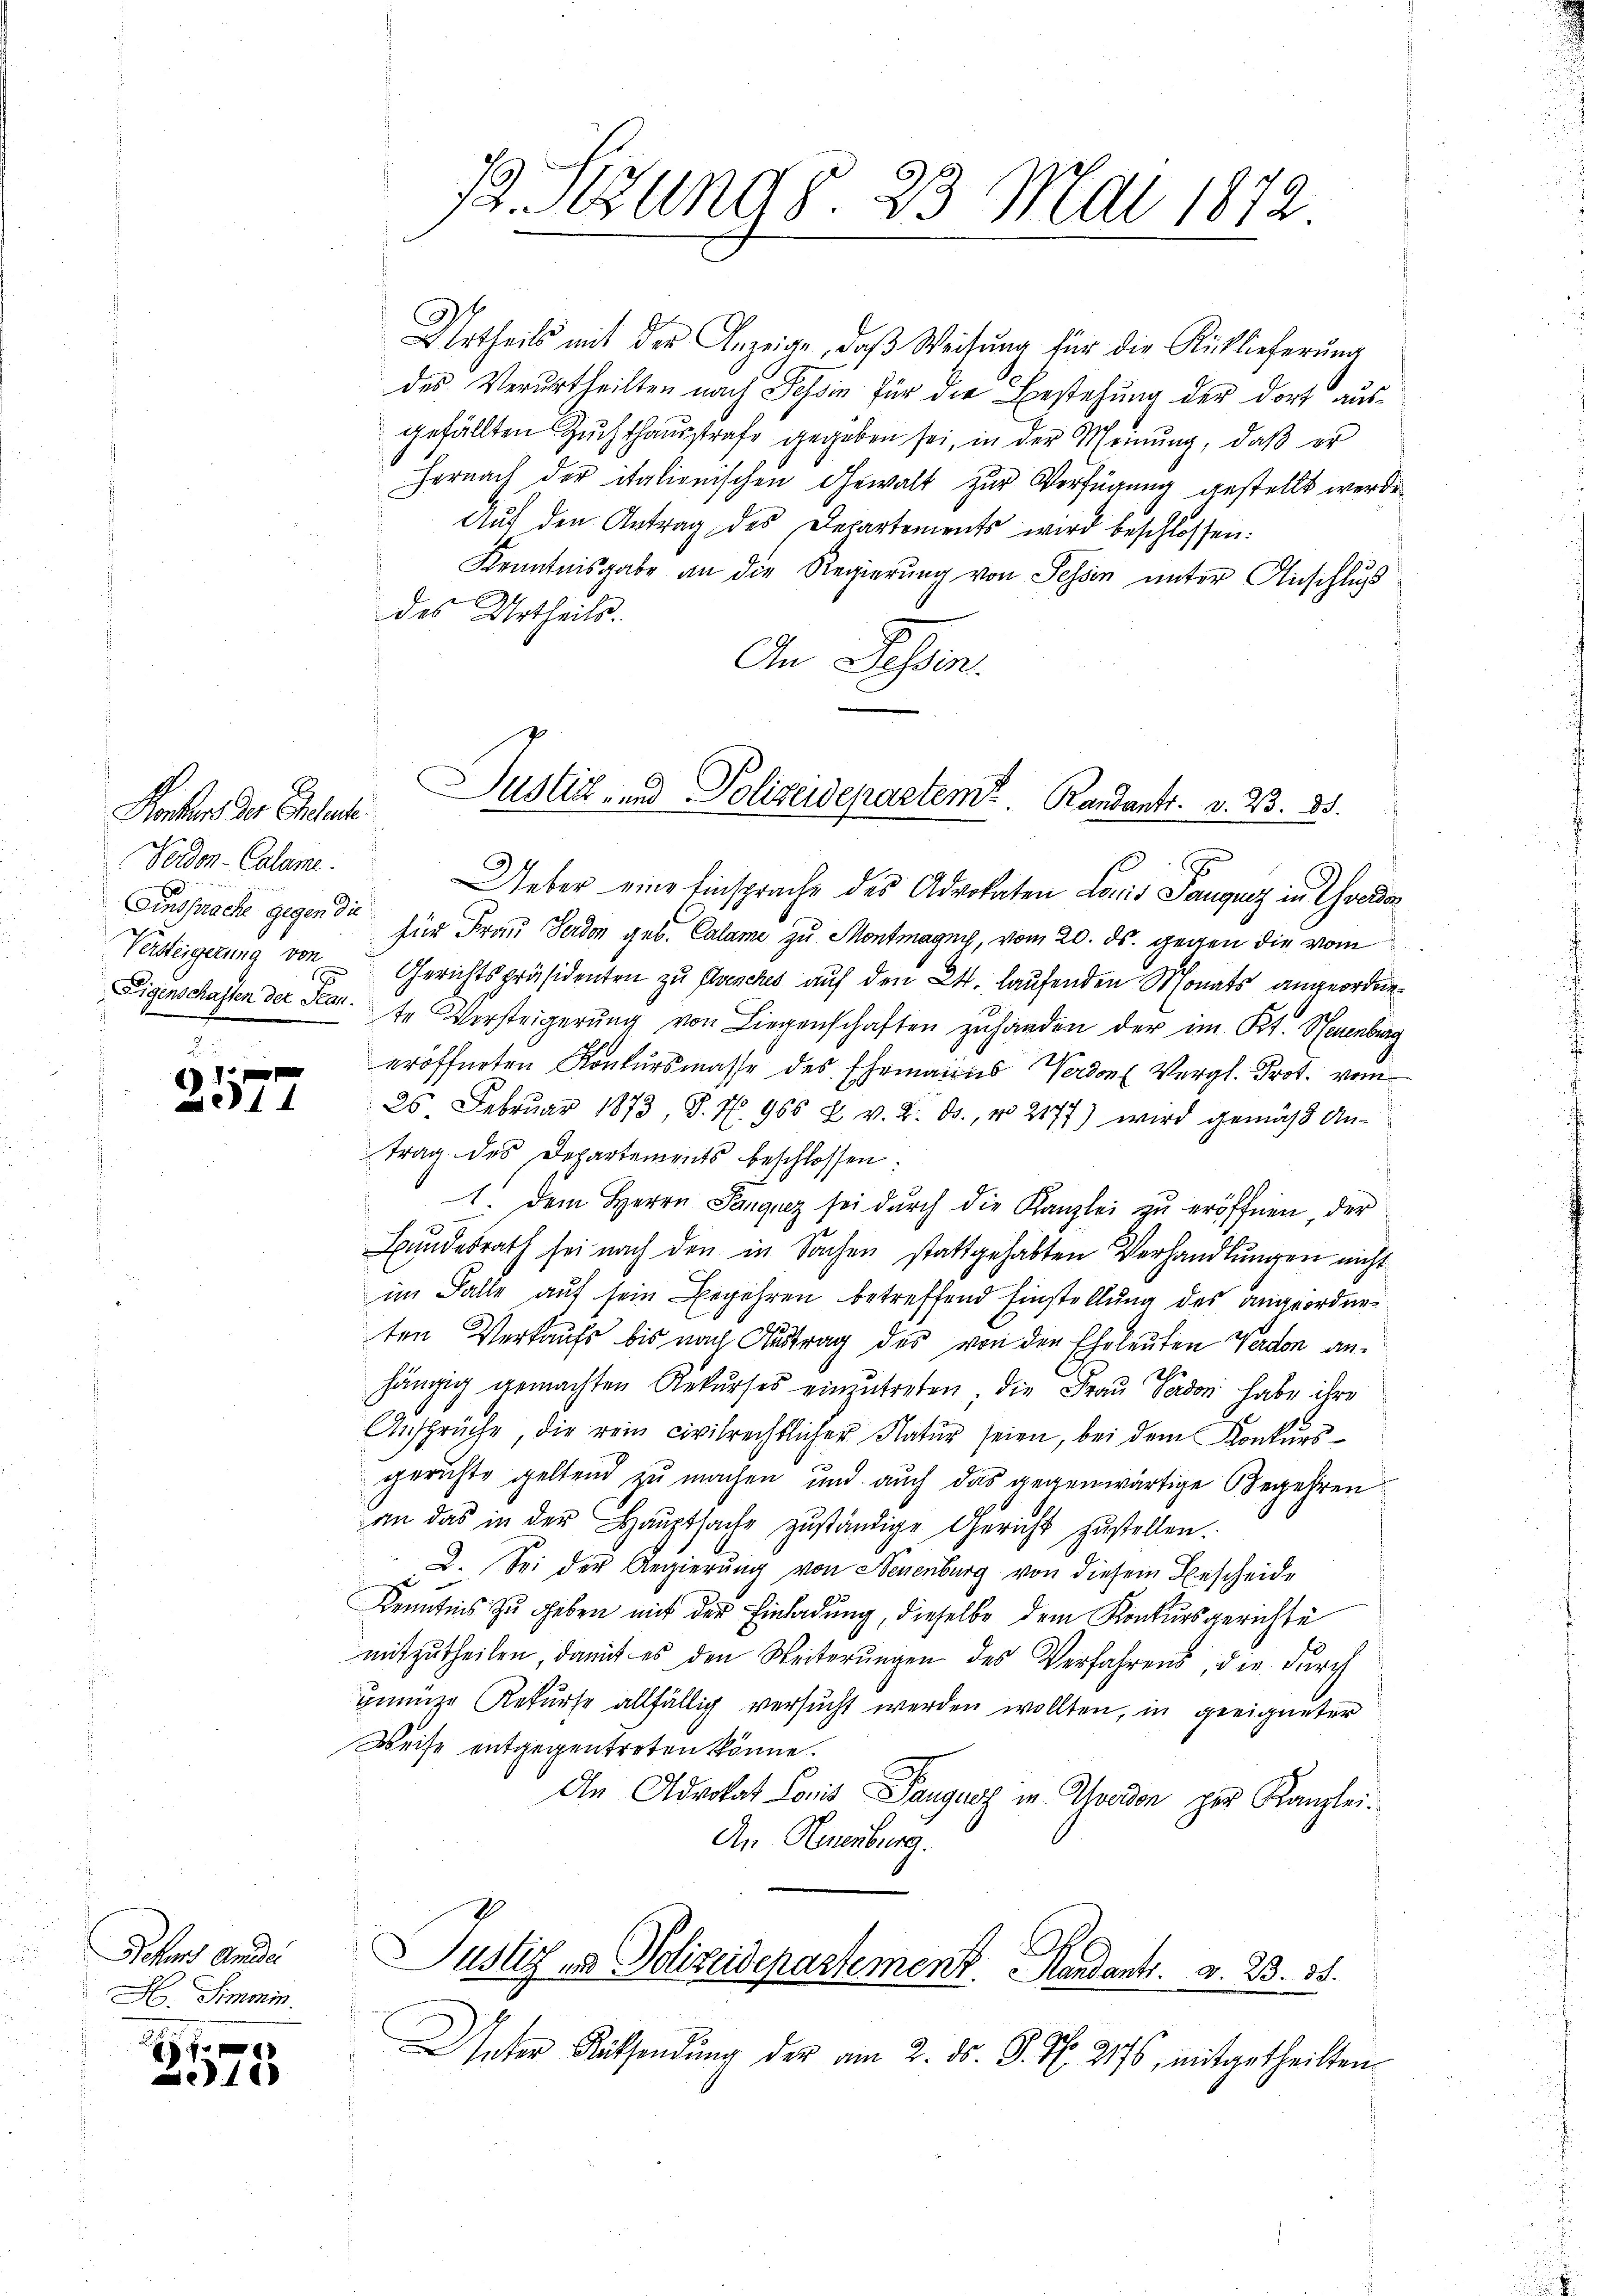
Konkurs der Eheleute
Polden-Calame.
Eigenschaften der Plan.
2

e
3.11

Jehes Ande
H. Simmin.

f
160

Urtheils mit der Anzeige, daß Weisung für die Rücklieferung
des Verurtheilten nach Tessin für die Bestehung der dort ausgefällten Zuchthausstrafe gegeben sei, in der Meinung, daß er
hernach der italienischen Gewalt zur Verfügung gestellt werde.
Aŭf den Antrag des Departements wird beschlossen:
Kenntnisgabe an die Regierung von Tessin unter Anschluß
des Urtheils.
An Tessin.
Ueber eine Einsprache des Advokaten Loris Pauguiz in Gedan
Einsprache gegen der für Frau Herden geb. Calame zu Montmagny, vom 20. ds. gegen die vom
Versteigerung von Gerichtspräsidenten zu Planches auf den 24. laufenden Monats angeordnete Versteigerŭng von Liegenschaften zuhanden der im Kt. Neuenburg
eröffneten Konkursmasse des Ehemains Verdons Vergl. Prot. vom
26. Februar 1873 S. N. 965 u. v. 2. ds., No 2177) wird gemäss Antrag des Departements beschlossen:
1. dem Herrn Panquez sei dŭrch die Kanzlei zu eröffnen, der
Bundesrath sei nach den in Sachen stattgehabten Verhandlungen nicht
im Falle auf sein Begehren betreffend Einstellung des angeordneten Verkaufs bis nach Austrag des von den Eheleuten Verdon anhängig gemachten Rekurses einzutreten, die Frau Padon habe ihre
Ansprüche, die rein civilrechtlicher Natur seien, bei dem Konkursgerichte geltend zu machen und auch das gegenwärtige Begehren
an das in der Haŭptsache zŭständige Gericht zŭstellen.
2. Sei der Regierung von Neuenburg von diesem Bescheide
Kenntnis zu geben mit der Einladung, dieselbe dem Konkursgerichte
mitzutheilen, damit es den Weiterŭngen des Verfahrens, die durch
unnüze Rekurse allfällig versucht werden wollten, in geeigneter
Weise entgegentreten könne.
An Advokat Loris Tauguos in Averdon per Kanzlei¬
An Neuenburg.
Justiz - Polizeidepartement. Handants. v. 23. 35.
Unter Räthendung der am 2. ds. S. Nr. 2176, mitgetheilten

12 Stund § 23 Mai 1872

Justiz- und Polizeidepartemt. Randants. v. 23. 85.